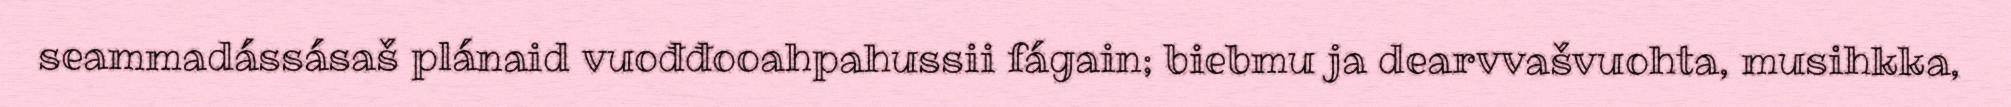
seammadássásaš plánaid vuođđooahpahussii fágain; biebmu ja dearvvašvuohta, musihkka,